Report of the Bombay Veterinary College
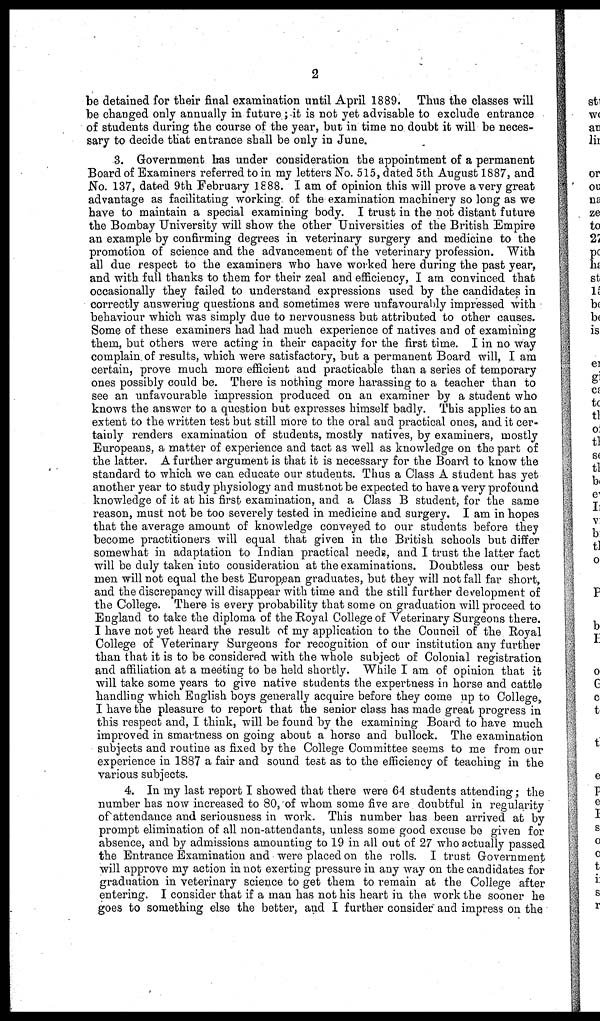
2
be detained for their final examination until April 1889. Thus the classes will
be changed only annually in future; it is not yet advisable to exclude entrance
of students during the course of the year, but in time no doubt it will be neces-
sary to decide that entrance shall be only in June.
3. Government has under consideration the appointment of a permanent
Board of Examiners referred to in my letters No. 515, dated 5th August 1887, and
No. 137, dated 9th February 1888. I am of opinion this will prove a very great
advantage as facilitating working of the examination machinery so long as we
have to maintain a special examining body. I trust in the not distant future
the Bombay University will show the other Universities of the British Empire
an example by confirming degrees in veterinary surgery and medicine to the
promotion of science and the advancement of the veterinary profession. With
all due respect to the examiners who have worked here during the past year,
and with full thanks to them for their zeal and efficiency, I am convinced that
occasionally they failed to understand expressions used by the candidates in
correctly answering questions and sometimes were unfavourably impressed with
behaviour which was simply due to nervousness but attributed to other causes.
Some of these examiners had had much experience of natives and of examining
them, but others were acting in their capacity for the first time. I in no way
complain of results, which were satisfactory, but a permanent Board will, I am
certain, prove much more efficient and practicable than a series of temporary
ones possibly could be. There is nothing more harassing to a teacher than to
see an unfavourable impression produced on an examiner by a student who
knows the answer to a question but expresses himself badly. This applies to an
extent to the written test but still more to the oral and practical ones, and it cer-
tainly renders examination of students, mostly natives, by examiners, mostly
Europeans, a matter of experience and tact as well as knowledge on the part of
the latter. A further argument is that it is necessary for the Board to know the
standard to which we can educate our students. Thus a Class A student has yet
another year to study physiology and must not be expected to have a very profound
knowledge of it at his first examination, and a Class B student, for the same
reason, must not be too severely tested in medicine and surgery. I am in hopes
that the average amount of knowledge conveyed to our students before they
become practitioners will equal that given in the British schools but differ
somewhat in adaptation to Indian practical needs, and I trust the latter fact
will be duly taken into consideration at the examinations. Doubtless our best
men will not equal the best European graduates, but they will not fall far short,
and the discrepancy will disappear with time and the still further development of
the College. There is every probability that some on graduation will proceed to
England to take the diploma of the Royal College of Veterinary Surgeons there.
I have not yet heard the result of my application to the Council of the Royal
College of Veterinary Surgeons for recognition of our institution any further
than that it is to be considered with the whole subject of Colonial registration
and affiliation at a meeting to be held shortly. While I am of opinion that it
will take some years to give native students the expertness in horse and cattle
handling which English boys generally acquire before they come up to College,
I have the pleasure to report that the senior class has made great progress in
this respect and, I think, will be found by the examining Board to have much
improved in smartness on going about a horse and bullock. The examination
subjects and routine as fixed by the College Committee seems to me from our
experience in 1887 a fair and sound test as to the efficiency of teaching in the
various subjects.
4. In my last report I showed that there were 64 students attending; the
number has now increased to 80, of whom some five are doubtful in regularity
of attendance and seriousness in work. This number has been arrived at by
prompt elimination of all non-attendants, unless some good excuse be given for
absence, and by admissions amounting to 19 in all out of 27 who actually passed
the Entrance Examination and were placed on the rolls. I trust Government
will approve my action in not exerting pressure in any way on the candidates for
graduation in veterinary science to get them to remain at the College after
entering. I consider that if a man has not his heart in the work the sooner he
goes to something else the better, and I further consider and impress on the